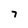
Character: 7